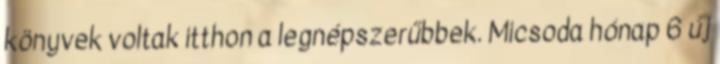
könyvek voltak itthon a legnépszerűbbek. Micsoda hónap 6 új